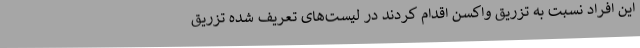
این افراد نسبت به تزریق واکسن اقدام کردند در لیست‌های تعریف شده تزریق